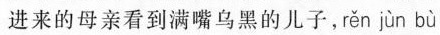
进来的母亲看到满嘴乌黑的儿子，rěn jùn bù